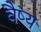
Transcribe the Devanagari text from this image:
वैष्य